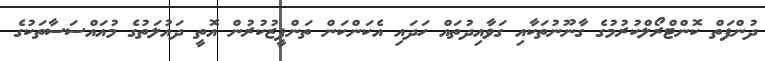
ދުންފަތް ކޮންޓްރޯލްކުރުމުގެ ގާނޫނުތަކާއި ގަވާއިދުތައް ހަދައި އެކަންކަން ތަންފީޒުކުރުން އޮތީ ދައުލަތުގެ މުއައްސަސާތަކުގެ